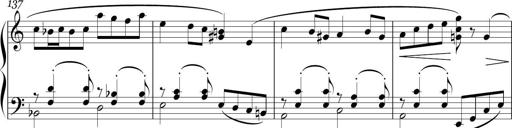
Title: Sonatina in E minor
Composer: Shuwen Zhang
Key: E minor